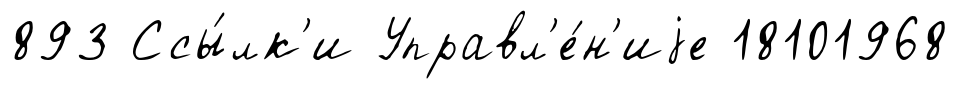
893 Ссы́лк'и Управл'е́н'иjе 18101968